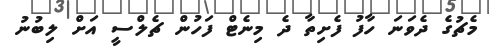
މެޗުގެ ދެވަނަ ހާފު ފެށިތާ ދެ މިނެޓް ފަހުން ޗެލްސީ އަށް ލިބުނު